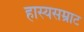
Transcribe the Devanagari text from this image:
हास्यसम्राट